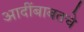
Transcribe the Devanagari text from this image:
आदींबाबतचे